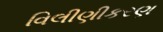
વિલીણીકરણ